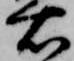
右